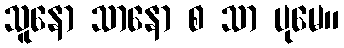
သူနော သာနော စ သာ ပုမေ။